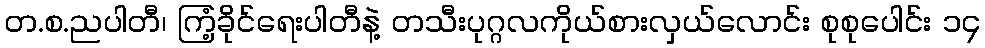
တ.စ.ညပါတီ၊ ကြံ့ခိုင်ရေးပါတီနဲ့ တသီးပုဂ္ဂလကိုယ်စားလှယ်လောင်း စုစုပေါင်း ၁၄